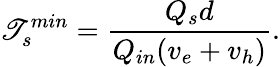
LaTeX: \mathscr{T}_{s}^{min}=\frac{{Q_{s}d}}{{Q_{in}(v_{e}+v_{h})}}.